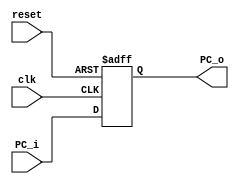
`timescale 1ns / 1ps
//////////////////////////////////////////////////////////////////////////////////
// Company: 
// Engineer: 
// 
// Design Name: 
// Module Name: PC
// Project Name: 
// Target Devices: 
// Tool Versions: 
// Description: 
// 
// Dependencies: 
// 
// Revision:
// Revision 0.01 - File Created
// Additional Comments:
// 
//////////////////////////////////////////////////////////////////////////////////


module PC(reset, clk, PC_i, PC_o);
    //Input Clock Signals
    input reset;             
    input clk;
    //Input Control Signals             
    //Input PC             
    input [31:0] PC_i;
    //Output PC  
    output reg [31:0] PC_o; 


    always@(posedge reset or posedge clk)
    begin
        if(reset) begin
            PC_o <= 0;
        end
        else begin
            PC_o <= PC_i;
        end
    end
endmodule